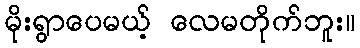
မိုးရွာပေမယ့် လေမတိုက်ဘူး။